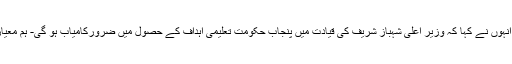
معیاری تعلیم کے فروغ کیلئے پنجاب حکومت کے اقدامات قابل ستائش ہیں - انہوں نے کہا کہ وزیر اعلی شہباز شریف کی قیادت میں پنجاب حکومت تعلیمی اہداف کے حصول میں ضرورکامیاب ہو گی- ہم معیاری تعلیم کے فروغ کیلئے پنجاب حکومت کے ساتھ تعاون جاری رکھیں گے۔